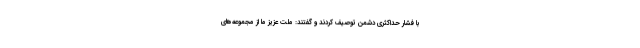
با فشار حداکثری دشمن توصیف کردند و گفتند: ملت عزیز ما از مجموعه‌های